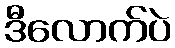
ဒီလောက်ပဲ